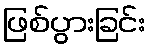
ဖြစ်ပွားခြင်း